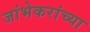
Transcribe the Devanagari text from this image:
जांभेकरांच्या